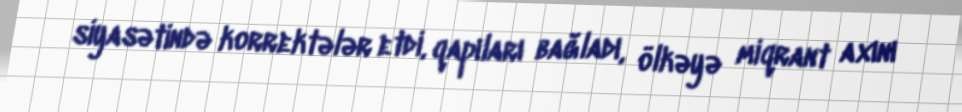
siyasətində korrektələr etdi, qapıları bağladı, ölkəyə miqrant axını